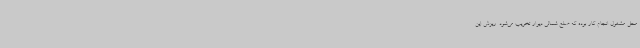
محل مشغول انجام کار بوده که ضلع شمالی دیوار تخریب می‌شود. ریزش این